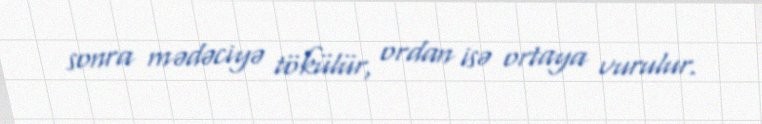
sonra mədəciyə tökülür, ordan isə ortaya vurulur.